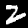
Digit: 2